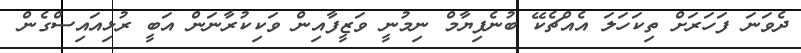
ދެވަނަ ފަހަރަށް ތިކަހަލަ އެއްޗެކޭ ބުނެފިޔާމް ނިމުނީ ވަޒީފާއިން ވަކިކުރާނަން އަބީ ރުޅިއައިސްގެން